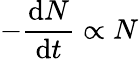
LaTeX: -{\frac{\mathrm{d}N}{\mathrm{d}t}}\propto N